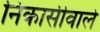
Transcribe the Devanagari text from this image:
निकासीवाले